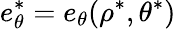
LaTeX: e_{\theta}^{\ast}=e_{\theta}(\rho^{\ast},\theta^{\ast})